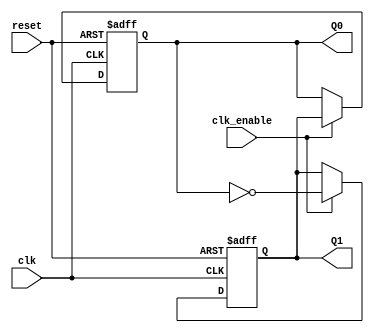
module dual_stage_johnson_counter (
    input wire clk,           // Clock input
    input wire reset,         // Asynchronous reset input
    input wire clk_enable,    // Clock enable input
    output reg Q1,           // Output of flip-flop 1
    output reg Q0            // Output of flip-flop 0
);

// State encoding:
// 00 -> 00
// 01 -> 01
// 11 -> 11
// 10 -> 10

always @(posedge clk or posedge reset) begin
    if (reset) begin
        // Asynchronous reset to 00
        Q1 <= 0;
        Q0 <= 0;
    end else if (clk_enable) begin
        // Feedback mechanism: Q1 gets inverted Q0 from feedback
        Q1 <= ~Q0;    // Inverted output of the last flip-flop
        Q0 <= Q1;     // Current output of the first flip-flop
    end
end

endmodule